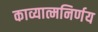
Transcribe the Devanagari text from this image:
काव्यात्मनिर्णय